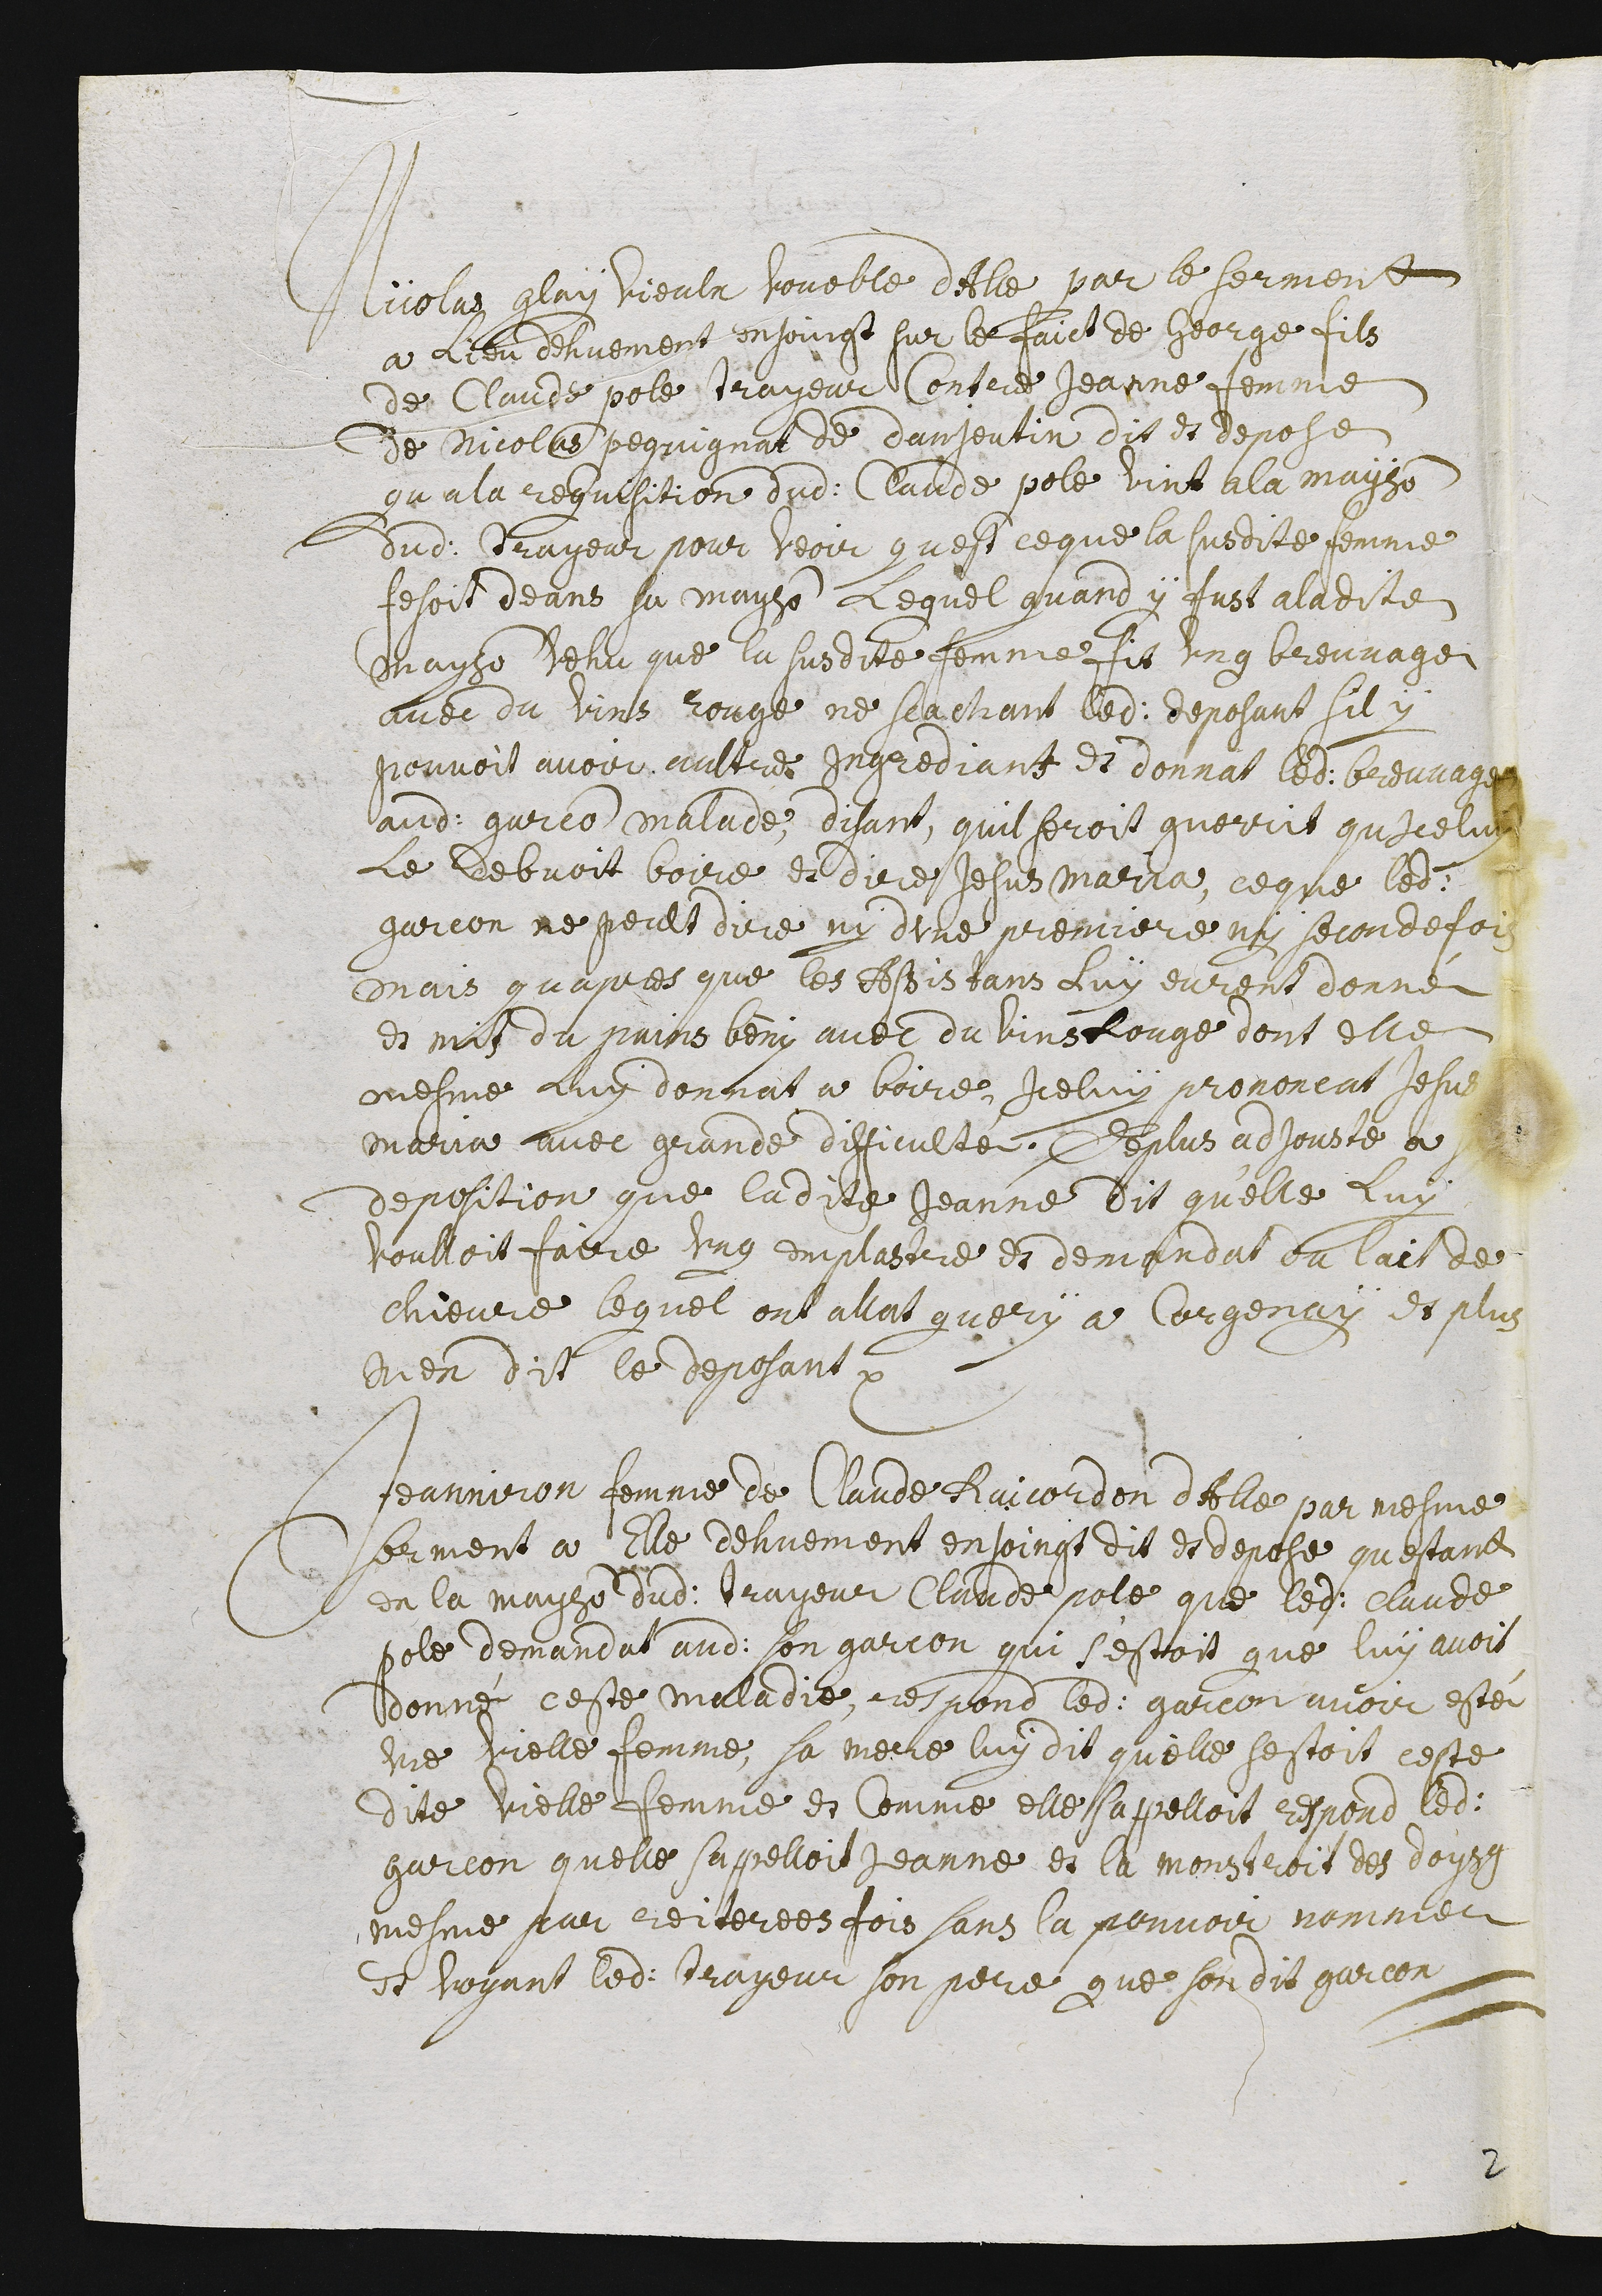
Nicolas glay vieulx voueble dAlle par le serment
a lieu dehuement enjoingt sur le faict de George fils
de Claude Pole trayeur contre Jeanne femme
de Nicolas Pequignat de danjoutin dit et depose
qu a la requisition dudit Claude pole vint a la mayson
dudit trayeur pour veoir quest ce que la susdite femme
fesoit deans sa mayson. Lequel quand y fust a ladite
mayson vehu que la susdite femme fit ung breuvage
avec du vins rouge, ne scachant ledit deposant sil y
pouvoit avoir aultre ingrediant et donnat ledit breuvage
audit garcon malade, disant quil seroit guerrit quiceluy
le debvoit boire et dire Jesus Maria, ce que ledit
garcon ne peult dire ny dune premiere ny seconde fois
mais quapres que les assistans luy eurent donné
et mit du pains bény avec du vins rouge dont elle
mesme luy donnat a boire, iceluy prononcat Jesus
Maria avec grande difficulté. Deplus adjouste a
deposition que ladite Jeanne dit qu’elle luy
voulloit faire ung emplastre et demandat du lait de
chievre lequel ont allat query a Corgenay. Et plus
nen dit le deposant.
Jeanniron, femme de Claude Raicordon dAlle, par mesme
serment a elle dehuement enjoingt, dit et depose questant
en la mayson dudit trayeur Claude pole que ledit Claude
pole demandat audit son garçon qui s’estoit que luy avoit
donné ceste maladie, respond ledit garcon avoir esté
une vielle femme. Sa mere luy dit quelle sestoit ceste
dite vielle femme et comme elle sapelloit respond ledit
garcon quelle s’apelloit Jeanne et la monstroit des doysg
mesme par reiterees fois sans la pouvoir nommer.
Et voyant ledit trayeur son pere que sondit garcon